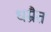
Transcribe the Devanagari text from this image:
धम्रैत